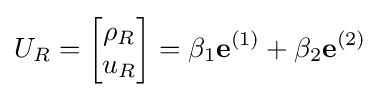
U_{R}={\begin{bmatrix}\rho _{R}\\u_{R}\end{bmatrix}}=\beta _{1}\mathbf {e} ^{(1)}+\beta _{2}\mathbf {e} ^{(2)}